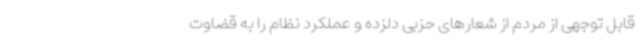
قابل توجهی از مردم از شعارهای حزبی دلزده و عملکرد نظام را به قضاوت